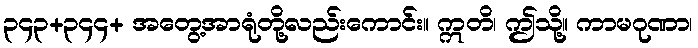
၃၄၃+၃၄၄+ အတွေ့အာရုံတို့လည်းကောင်း။ ဣတိ၊ ဤသို့။ ကာမဂုဏာ၊